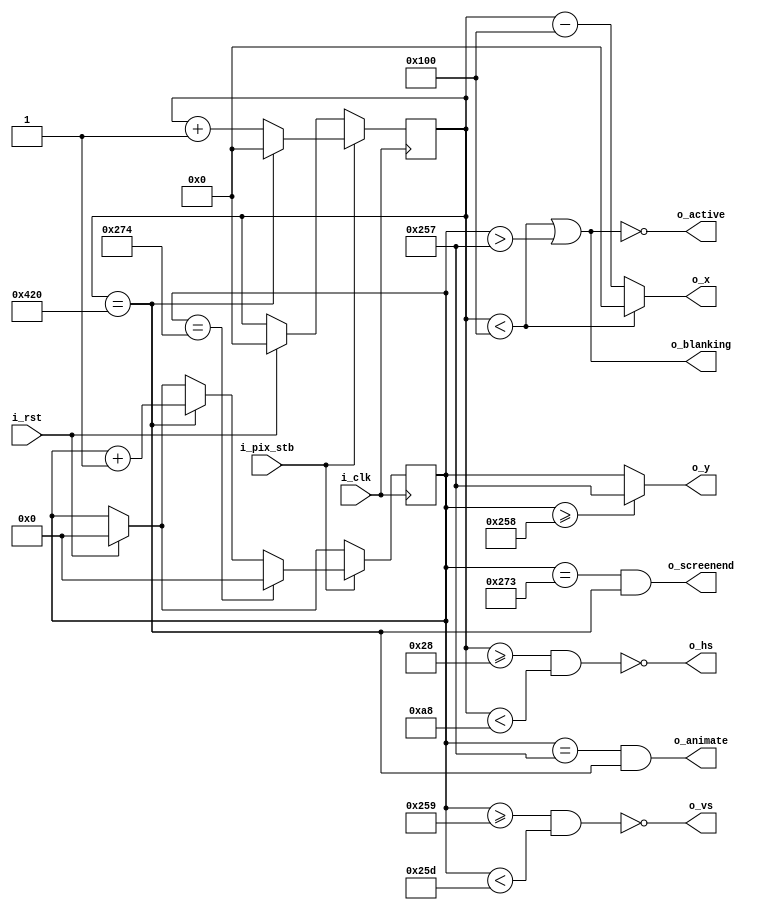
`timescale 1ns / 1ps

module vga800x600(
    input wire i_clk,           // base clock
    input wire i_pix_stb,       // pixel clock strobe
    input wire i_rst,           // reset: restarts frame
    output wire o_hs,           // horizontal sync
    output wire o_vs,           // vertical sync
    output wire o_blanking,     // high during blanking interval
    output wire o_active,       // high during active pixel drawing
    output wire o_screenend,    // high for one tick at the end of screen
    output wire o_animate,      // high for one tick at end of active drawing
    output wire [10:0] o_x,      // current pixel x position
    output wire [9:0] o_y       // current pixel y position
    );

    // VGA timings https://timetoexplore.net/blog/video-timings-vga-720p-1080p
    localparam HS_STA = 40;              // horizontal sync start
    localparam HS_END = 40 + 128;         // horizontal sync end
    localparam HA_STA = 40 + 128 + 88;    // horizontal active pixel start
    localparam VS_STA = 600 + 1;        // vertical sync start
    localparam VS_END = 600 + 1 + 4;    // vertical sync end
    localparam VA_END = 600;             // vertical active pixel end
    localparam LINE   = 1056;             // complete line (pixels)
    localparam SCREEN = 628;             // complete screen (lines)

    reg [10:0] h_count;  // line position
    reg [9:0] v_count;  // screen position

    // generate sync signals (active low for 640x480)
    assign o_hs = ~((h_count >= HS_STA) & (h_count < HS_END));
    assign o_vs = ~((v_count >= VS_STA) & (v_count < VS_END));

    // keep x and y bound within the active pixels
    assign o_x = (h_count < HA_STA) ? 0 : (h_count - HA_STA);
    assign o_y = (v_count >= VA_END) ? (VA_END - 1) : (v_count);

    // blanking: high within the blanking period
    assign o_blanking = ((h_count < HA_STA) | (v_count > VA_END - 1));

    // active: high during active pixel drawing
    assign o_active = ~((h_count < HA_STA) | (v_count > VA_END - 1)); 

    // screenend: high for one tick at the end of the screen
    assign o_screenend = ((v_count == SCREEN - 1) & (h_count == LINE));

    // animate: high for one tick at the end of the final active pixel line
    assign o_animate = ((v_count == VA_END - 1) & (h_count == LINE));

    always @ (posedge i_clk)
    begin
        if (i_rst)  // reset to start of frame
        begin
            h_count <= 0;
            v_count <= 0;
        end
        if (i_pix_stb)  // once per pixel
        begin
            if (h_count == LINE)  // end of line
            begin
                h_count <= 0;
                v_count <= v_count + 1;
            end
            else 
                h_count <= h_count + 1;

            if (v_count == SCREEN)  // end of screen
                v_count <= 0;
        end
    end
endmodule